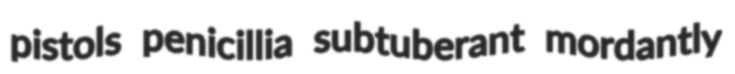
pistols penicillia subtuberant mordantly